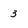
Character: 3